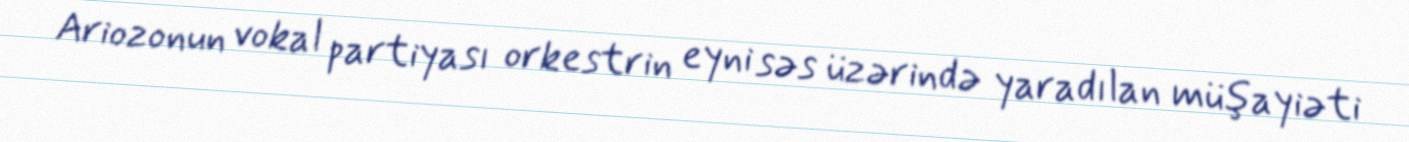
Ariozonun vokal partiyası orkestrin eyni səs üzərində yaradılan müşayiəti